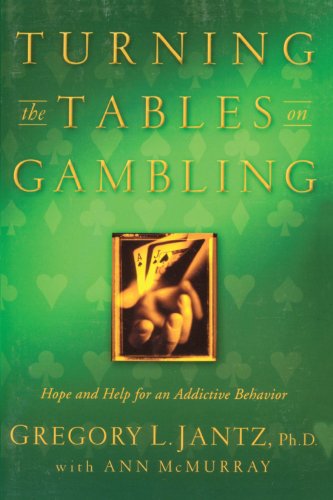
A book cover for Turning the Tables on Gambling; Dr. Gregory L. Jantz; Health, Fitness & Dieting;